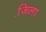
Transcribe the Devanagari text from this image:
जि़ला